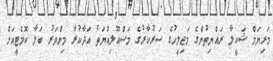
މަރިޔަމް ޝަކީލާ ރައްޔިތުންގެ މަޖިލީހުގެ ސަރުކާރުގެ މަސްއޫލިއްޔަތު އަދާކުރާ މިންވަރު ބަލާ ކޮމެޓީއަށް